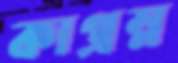
কাপ্রম্ন